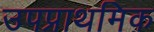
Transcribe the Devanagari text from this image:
उपप्राथमिक